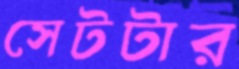
সেটটার